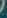
.